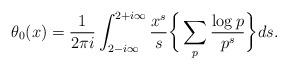
LaTeX: \begin{align*} \theta_0(x) = \frac{1}{2\pi i} \int_{2-i\infty}^{2+i\infty} \frac{x^s}{s} \bigg\{ \sum_p \frac{\log p}{p^s} \bigg\} ds.\end{align*}